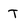
Character: T